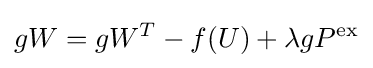
gW=gW^{T}-f(U)+\lambda gP^{\text{ex}}